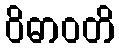
ဝိဓာဝတိ